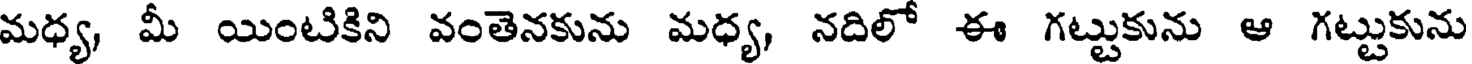
మధ్య, మీ యింటికిని వంతెనకును మధ్య, నదిలో ఈ గట్టుకును ఆ గట్టుకును